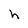
Character: h